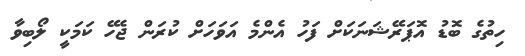
ހިތުގެ ބޮޑު އޮޕަރޭޝަނަކަށް ފަހު އެންމެ އަވަހަށް ކުރަން ޖެހޭ ކަމަކީ ލޯބިވާ